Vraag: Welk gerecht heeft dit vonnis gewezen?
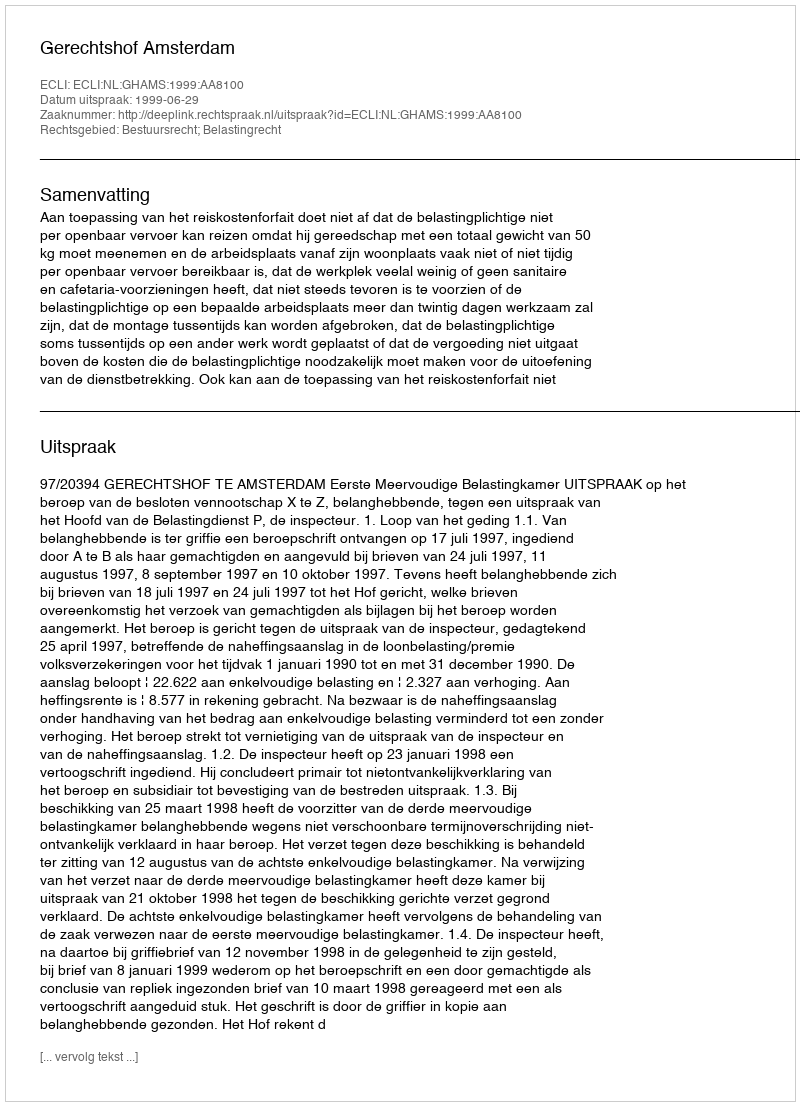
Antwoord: Gerechtshof Amsterdam